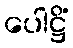
ပေါဋ္ဌိံ